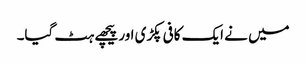
میں نے ایک کافی پکڑی اور پیچھے ہٹ گیا۔